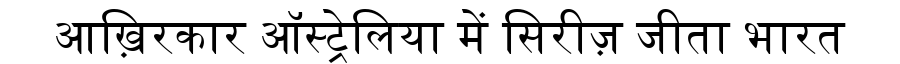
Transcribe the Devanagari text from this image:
आख़िरकार ऑस्ट्रेलिया में सिरीज़ जीता भारत